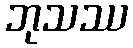
ဘုသဿ